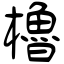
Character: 櫓